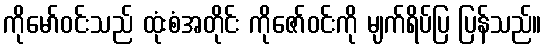
ကိုမော်ဝင်းသည် ထုံးစံအတိုင်း ကိုဇော်ဝင်းကို မျက်ရိပ်ပြ ပြန်သည်။